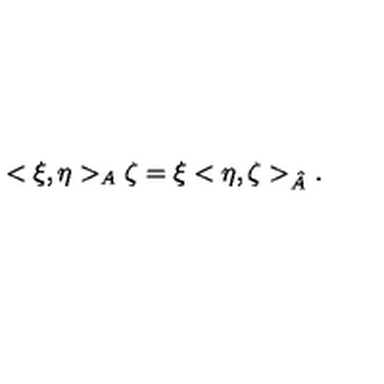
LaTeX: < \xi , \eta > _ { A } \zeta = \xi < \eta , \zeta > _ { \hat { A } } .